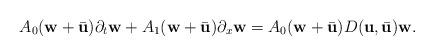
LaTeX: \begin{align*}A_{0}(\textbf{w}+\bar{\textbf{u}})\partial_{t}{\textbf{w}} + A_{1}(\textbf{w}+\bar{\textbf{u}})\partial_{x}{\textbf{w}}= A_{0}(\textbf{w}+\bar{\textbf{u}})D(\textbf{u}, \bar{\textbf{u}}){\textbf{w}}. \\\end{align*}